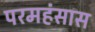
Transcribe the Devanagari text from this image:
परमहंसास